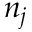
n _ { j }